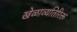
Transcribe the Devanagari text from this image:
खेळाव्यतिरिक्त